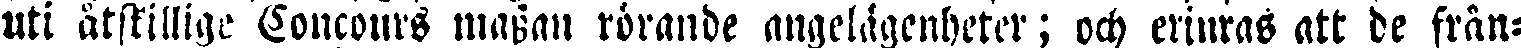
uti åtskilliga Concours massan rörande angelägenheter; och erinras att de från-